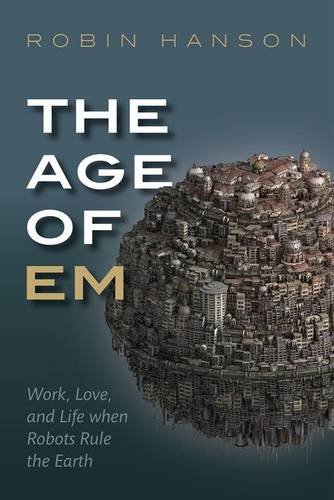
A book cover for The Age of Em: Work, Love and Life when Robots Rule the Earth; Robin Hanson; Computers & Technology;